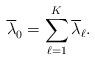
LaTeX: \begin{align*} \overline \lambda_0^{} = \sum_{\ell =1}^K \overline \lambda_\ell.\end{align*}